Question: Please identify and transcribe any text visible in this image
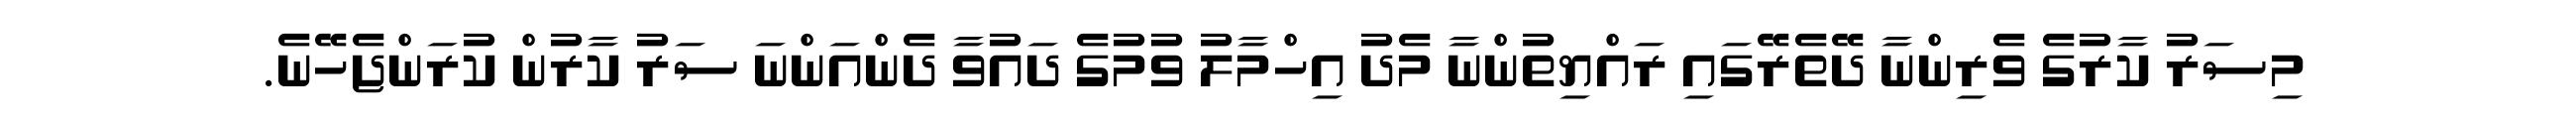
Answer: މިސަރު ކާރުގެ ވެރިންނާ ދޭތެރޭގައި ރައްޔިތުންނާ މެދު އިހްމާލު ވުމުގެ ދައުވާ ދެންއަންނަ ސަރު ކާރުން ކުރަންޖެހޭނެ.